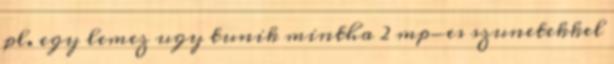
pl. egy lemez ugy tunik mintha 2 mp-es szunetekkel